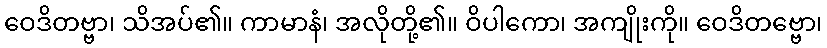
ဝေဒိတဗ္ဗာ၊ သိအပ်၏။ ကာမာနံ၊ အလိုတို့၏။ ဝိပါကော၊ အကျိုးကို။ ဝေဒိတဗ္ဗော၊